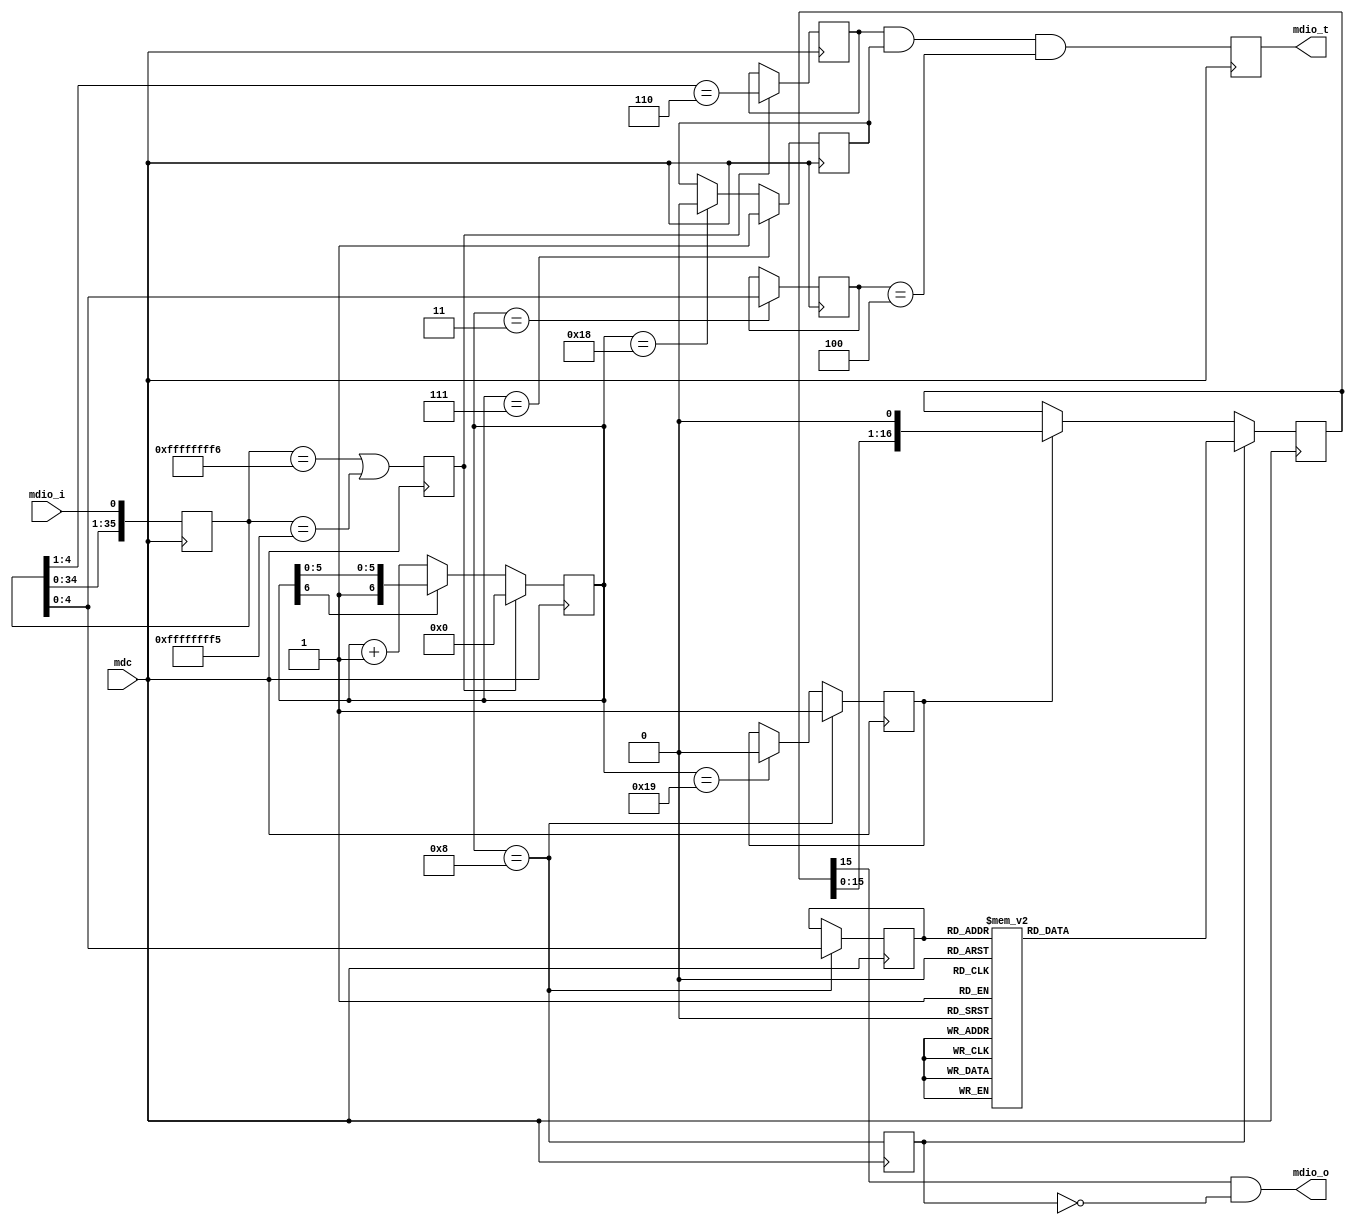
`timescale 1ns / 1ps
//////////////////////////////////////////////////////////////////////////////////
// Company: Eva Automation
// 
// Design Name: 
// Module Name: mdio_interface 
// Project Name: 
// Target Devices: 
// Tool versions: 
// Description: 
// 
// Dependencies: 
//
// Revision: 
// Revision 0.01 - File Created
// Additional Comments: 
//
//////////////////////////////////////////////////////////////////////////////////
module mdio_interface(
input mdc,					// interface clock 
input mdio_i,
output reg mdio_t = 1'b0,
output mdio_o  
) ;

//////////////////////////////////////////////////////////////////////////////
// Local Parameter Declarations
//////////////////////////////////////////////////////////////////////////////
parameter REG0_CFG = 16'b0010_0001_0000_0000 ; // 100Mbps, disable auto-negotiate, full duplex
parameter REG1_CFG = 16'b0100_0000_0010_0100 ; 
parameter REG2_CFG = 16'b0000_0000_0100_1101 ;
parameter REG3_CFG = 16'b1101_0000_0010_0011 ; // Ar8032 PHY
parameter REG4_CFG = 16'b0000_0001_0000_0001 ;
parameter REG5_CFG = 16'b0000_0000_0000_0000 ;
parameter REG6_CFG = 16'b0000_0000_0000_0000 ;
parameter REG10CFG = 16'b0010_1100_0001_0000 ;
parameter REG16CFG = 16'b0000_0000_0000_0010 ;
parameter REG17CFG = 16'b0000_0000_0011_0010 ; // rmii interface with the buffer allowing 7200 byte packets


//////////////////////////////////////////////////////////////////////////////
// Signal Declarations
//////////////////////////////////////////////////////////////////////////////
reg [35:0] shift = 36'd0 ;
reg preamble = 1'b0 ;
reg rdnwr = 1'b0 ;
reg [6:0] activity = 6'h20 ;
reg [4:0] phy = 5'd0 ;
reg [4:0] addr = 5'd0 ;
reg [16:0] shift_out = { 1'b0,REG0_CFG } ;
reg shift_it = 1'b0 ;
reg drive_it = 1'b0 ;
reg load_shift = 1'b0 ;

assign mdio_o = shift_out[15] && ~load_shift ;

always@(posedge mdc)
begin
	shift 		<= { shift[34:0], mdio_i } ;
	preamble 	<= ( shift[35:0] == 36'hffff_ffff_6 ) || ( shift[35:0] == 36'hffff_ffff_5 ) ;
	rdnwr 		<= ( preamble ) ? ( shift[4:1] == 4'h6 ) : rdnwr ;
	activity 	<= ( preamble ) ? 7'd0 : ( activity[6] ) ? activity : activity + 7'd1 ; 
	addr 		<= ( activity == 7'h08 ) ? shift[4:0] : addr ;
	load_shift 	<= ( activity == 7'd08 ) ;
	shift_it 	<= ( activity == 7'd08 ) ? 1'b1 : ( activity == 7'd25 ) ? 1'b0 : shift_it ;
	drive_it 	<= ( activity == 7'd07 ) ? 1'b1 : ( activity == 7'd24 ) ? 1'b0 : drive_it ;
	phy	 		<= ( activity == 7'd3 ) ? shift[4:0] : phy ;
	
	if ( load_shift )
		case(addr)
			5'h00 : shift_out <= { 1'b0,REG0_CFG } ;
			5'h01 : shift_out <= { 1'b0,REG1_CFG } ;
			5'h02 : shift_out <= { 1'b0,REG2_CFG } ;
			5'h03 : shift_out <= { 1'b0,REG3_CFG } ;
			5'h04 : shift_out <= { 1'b0,REG4_CFG } ;
			5'h05 : shift_out <= { 1'b0,REG5_CFG } ;
			5'h06 : shift_out <= { 1'b0,REG6_CFG } ;
			5'h10 : shift_out <= { 1'b0,REG10CFG } ;
//			5'h12 : shift_out <= { 1'b0,REG6_CFG } ; // all zeros
			5'h16 : shift_out <= { 1'b0,REG16CFG } ;
			5'h17 : shift_out <= { 1'b0,REG17CFG } ;
			default : shift_out <= { 1'b0,16'b0000_0000_0000_0000 } ;
		endcase
	else
		shift_out <= ( shift_it ) ? { shift_out[15:0], 1'b0 } : shift_out ;
		 // 
	mdio_t <= ( rdnwr ) && ( drive_it ) && ( phy == 5'd4 ) ; // || ( phy == 5'd4 ) || ( phy == 5'd5 )
//	mdio_o <= shift_out[15] && ~load_shift ;
	
end

endmodule